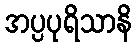
အပ္ပပုရိသာနိ